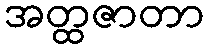
အတ္ထဇာတာ